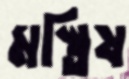
মস্তিষ